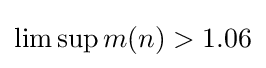
\limsup m(n)>1.06